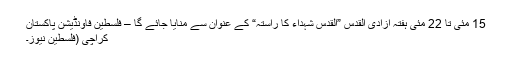
15 مئی تا 22 مئی ہفتۂ آزادی القدس ”القدس شہداء کا راستہ“ کے عنوان سے منایا جائے گا – فلسطین فاؤنڈیشن پاکستان
کراچی (فلسطین نیوز۔